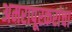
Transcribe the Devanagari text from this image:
अमरापूरकरांचा